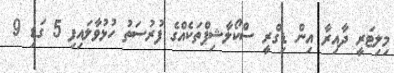
މިލިޓަރީ ދާއިރާ އިން ޑިގްރީ ސްކޯލާޝިޕްތަކެއްގެ ފުރުސަތު ހުޅުވާލައިފި 5 ގަޑި 9